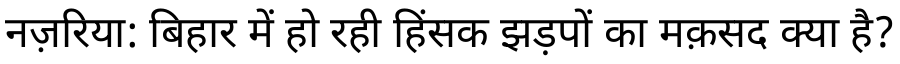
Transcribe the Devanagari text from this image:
नज़रिया: बिहार में हो रही हिंसक झड़पों का मक़सद क्या है?